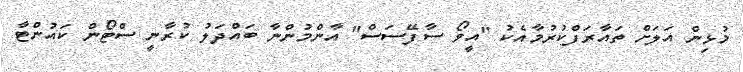
މުޅިން އަލަށް ތައާރަފްކުރުމާއެކު "އީވޯ ސާފޭސަސް" އާންމުންނާ ބައްދަލު ކުރާނީ ސްޓޯން ކައުންޓާ